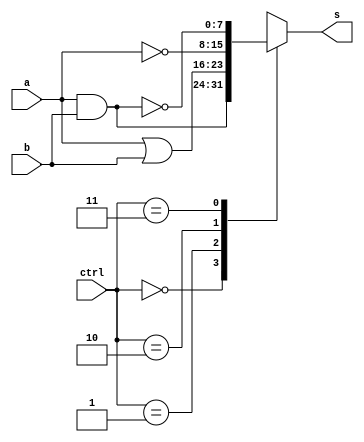
module andornot( s, a, b, ctrl);
input [7:0] a; 		//Input1
input [7:0] b; 		//Input2
input [1:0] ctrl; 	//operation choice
output reg [7:0] s; //output

initial begin
	s = 0;
end

always @( ctrl or a or b ) begin
	case (ctrl)
		2'b00: s = a & b;
		2'b01: s = a | b;
		2'b10: s = ~a;
		2'b11: s = ~(a & b);
		default: s = 0;
	endcase
end

endmodule